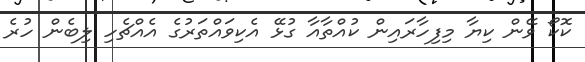
ކޮކޯ ވޭން ކިޔާ މިފިހާރައިން ކުއްތާއާ ގުޅޭ އެކިވައްތަރުގެ އެއްޗެހި ލިބެން ހުރެ